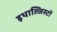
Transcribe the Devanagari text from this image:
इथाल्जिस्टों